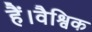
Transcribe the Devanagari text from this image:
हैं।वैश्विक